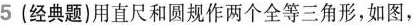
5(经典题)用直尺和圆规作两个全等三角形，如图，